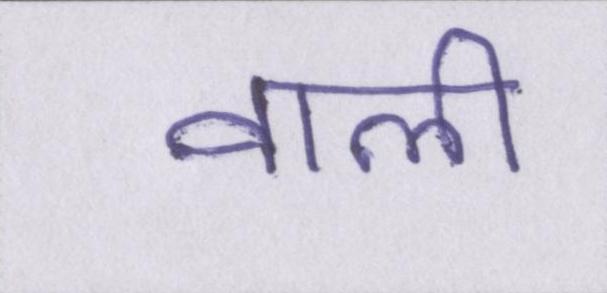
वाली